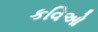
કવિઓ